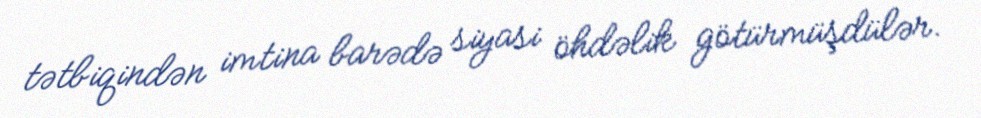
tətbiqindən imtina barədə siyasi öhdəlik götürmüşdülər.